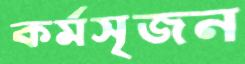
কর্মসৃজন